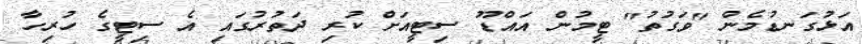
އަޅުގަނޑުމެން "ވަގުތު" ޓީމުން އައްޑޫ ސިޓީއަށް ކުރި ދަތުރުގައި އެ ސިޓީގެ ހުރިހާ